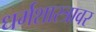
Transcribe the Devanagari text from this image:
धर्मशास्त्रावर